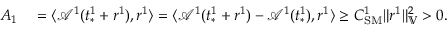
\begin{array} { r l } { A _ { 1 } } & { { } = \langle \mathcal { A } ^ { 1 } ( t _ { * } ^ { 1 } + r ^ { 1 } ) , r ^ { 1 } \rangle = \langle \mathcal { A } ^ { 1 } ( t _ { * } ^ { 1 } + r ^ { 1 } ) - \mathcal { A } ^ { 1 } ( t _ { * } ^ { 1 } ) , r ^ { 1 } \rangle \ge C _ { \mathrm { S M } } ^ { 1 } \| r ^ { 1 } \| _ { \mathbb { V } } ^ { 2 } > 0 . } \end{array}